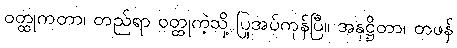
ဝတ္ထုကတာ၊ တည်ရာ ဝတ္ထုကဲ့သို့ ပြုအပ်ကုန်ပြီ။ အနုဋ္ဌိတာ၊ တဖန်